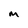
Character: M